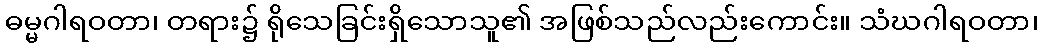
ဓမ္မဂါရဝတာ၊ တရား၌ ရိုသေခြင်းရှိသောသူ၏ အဖြစ်သည်လည်းကောင်း။ သံဃဂါရဝတာ၊